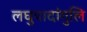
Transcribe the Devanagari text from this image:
लघुपादांगुलि